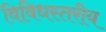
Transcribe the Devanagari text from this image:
विविधस्तरीय